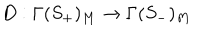
LaTeX: D : \Gamma ( S _ { + } ) _ { M } \rightarrow \Gamma ( S _ { - } ) _ { M }